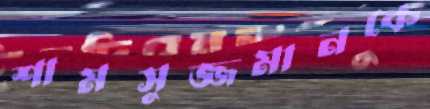
শামসুজ্জমানকে